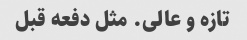
تازه و عالی. مثل دفعه قبل